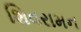
શિવરામન